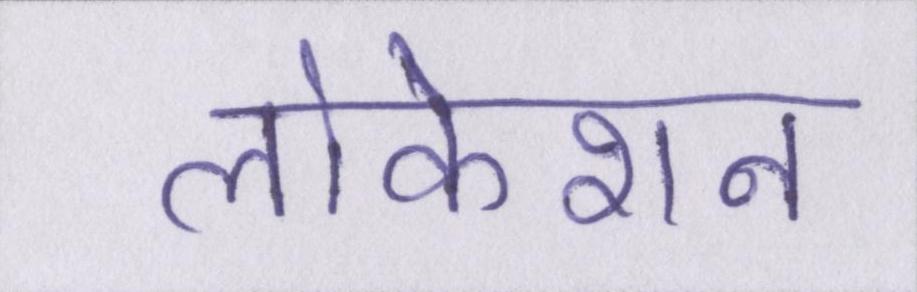
लोकेशन